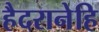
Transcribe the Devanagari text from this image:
हैदरानेहि